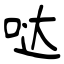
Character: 哒